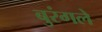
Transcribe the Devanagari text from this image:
बुरंगले